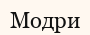
Модри